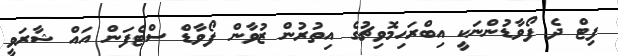
ފިޓް ދެ ފޯވާޑުންނަކީ އިބްރަހިމޮވިޗުގެ އިތުރުން ޒުވާން ފޯވާޑް ސްޓެފަން އައް ޝާރަވީ